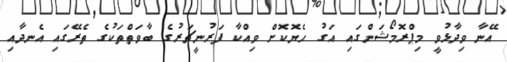
އޭނާ ވިދާޅުވީ މިޕްރޮމޯޝަންގައި އަގު ހެޔޮކޮށް ވިއްކާ ފަރުނީޗަރުގެ ބާވަތްތަކުގެ ތެރޭގައި އެނދާއި